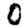
Digit: 0